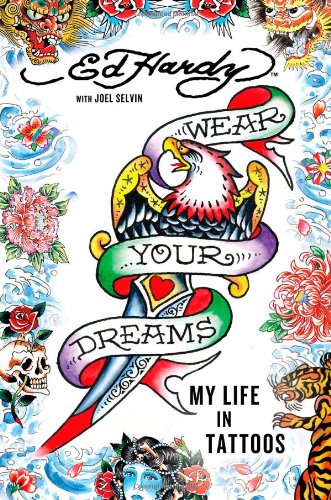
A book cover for Wear Your Dreams: My Life in Tattoos; Ed Hardy; Arts & Photography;